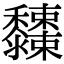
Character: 𪐓